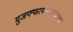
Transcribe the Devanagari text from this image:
मुजफ्फरनगरजवळच्या